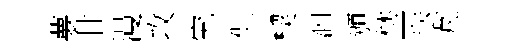
夢廿漫攻究侃楔泗頒埜迭芃